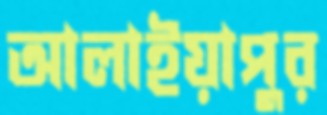
আলাইয়াপুর